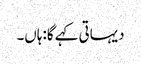
دیہاتی کہے گا:ہاں۔